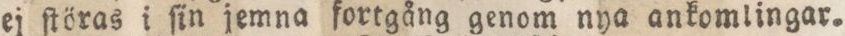
ej ſtöras i ſin jemna fortgång genom nya ankomlingar.